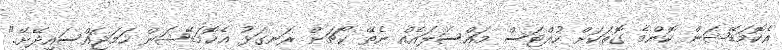
އެކޮމަޑޭޝަން ކޮންމެ ގޮތަކަށް ހުއްޓަސް މައްސަލައެއް ނެތޭ ކޯޗަށް ރަނގަޅު އެކޮމަޑޭޝަން ހަމަޖައްސައިދޭށޭ."